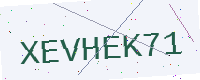
Text: XEVHEK71